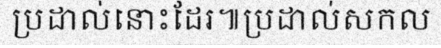
ប្រដាល់នោះដែរ៕ប្រដាល់សកល